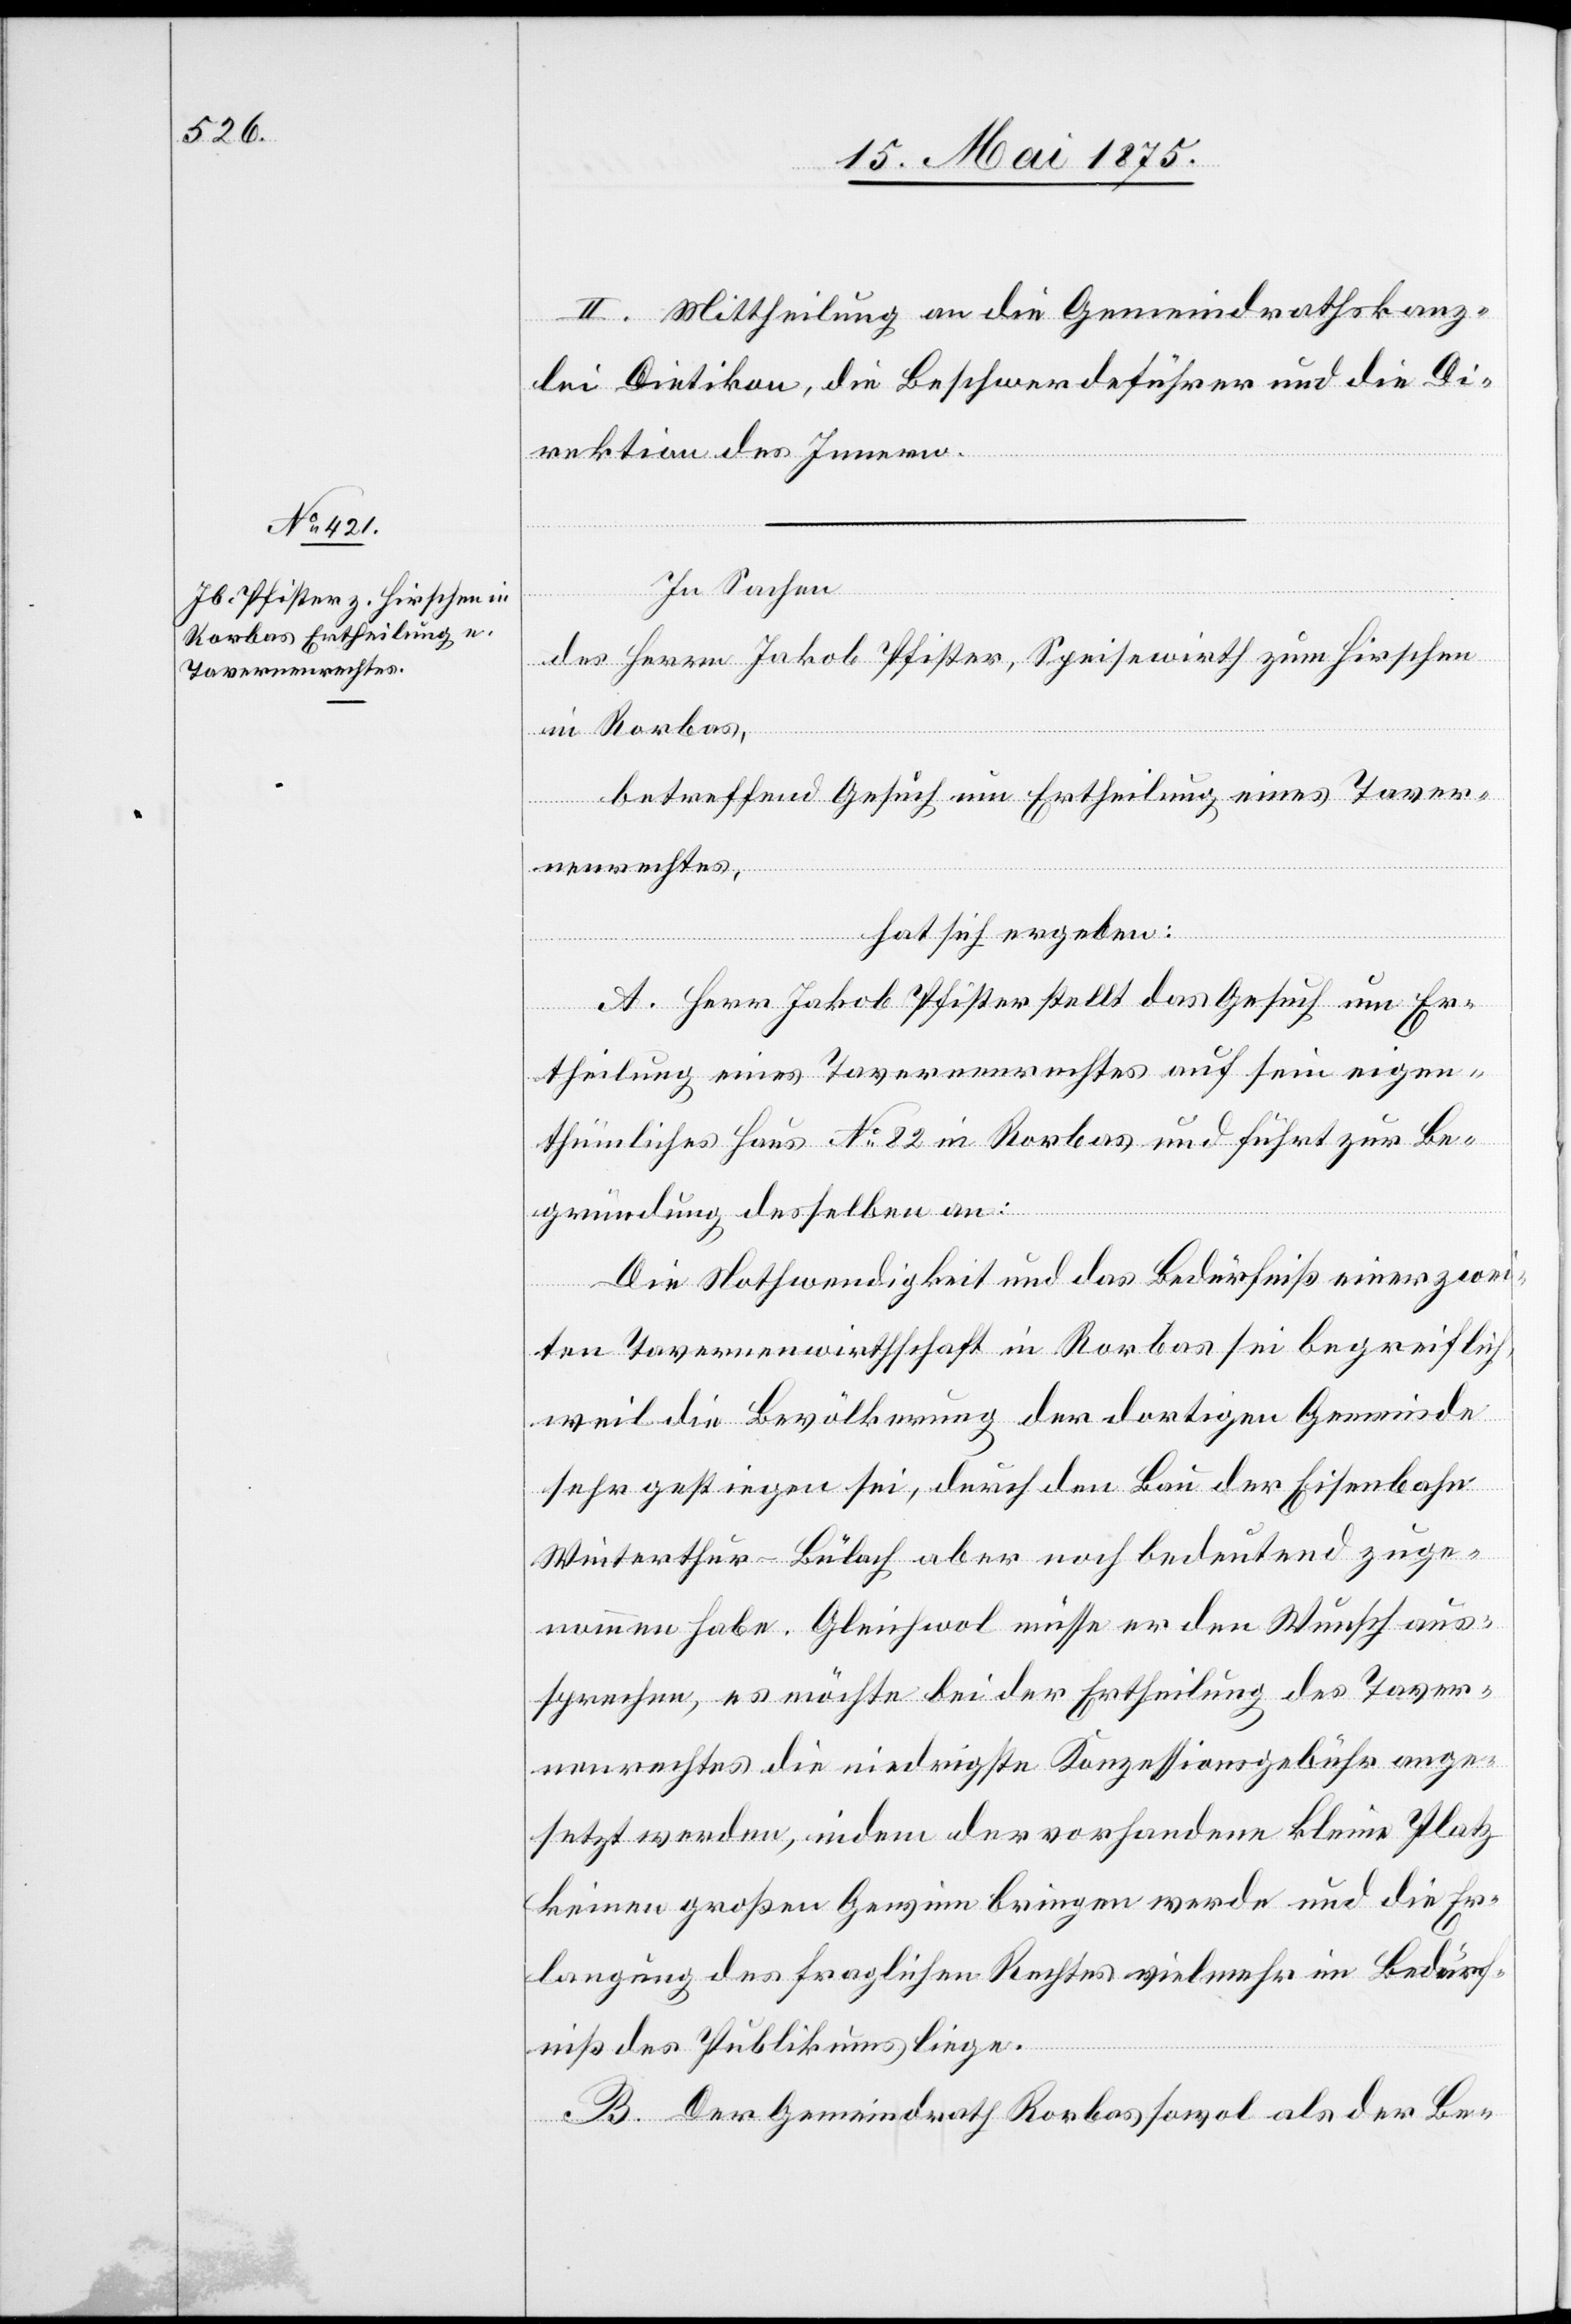
II. Mittheilung an die Gemeindrathskanz¬
lei Dietikon, die Beschwerdeführer und die Di¬
rektion des Innern.
In Sachen
des Herrn Jakob Pfister, Speisewirth zum Hirschen
in Rorbas,
betreffend Gesuch um Ertheilung eines Taver¬
nenrechtes,
hat sich ergeben:
A. Herr Jakob Pfister stellt das Gesuch um Er¬
theilung eines Tavernenrechtes auf sein eigen¬
thümliches Haus No 82 in Rorbas und führt zur Be¬
gründung desselben an:
Die Nothwendigkeit und das Bedürfniß einer zwei¬
ten Tavernenwirthschaft in Rorbas sei begreiflich,
weil die Bevölkerung der dortigen Gemeinde
sehr gestiegen sei, durch den Bau der Eisenbahn
Winterthur–Bülach aber noch bedeutend zuge¬
nommen habe. Gleichwol müsse er den Wunsch aus¬
sprechen, es möchte bei der Ertheilung des Taver¬
nenrechtes die niedrigste Konzessionsgebühr ange¬
setzt werden, indem der vorhandene kleine Platz
keinen großen Gewinn bringen werde und die Er¬
langung des fraglichen Rechtes vielmehr im Bedürf¬
niß des Publikums liege.
B. Der Gemeindrath Rorbas sowol als der Be-